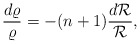
\begin{align*}\frac{d\varrho}{\varrho}=-(n+1)\frac{d{\cal R}}{\cal R},\end{align*}